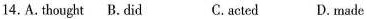
14.A.thought B. did C.acted D. made